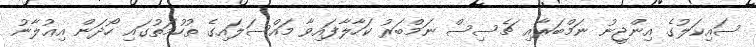
ސައިކަލުގެ އިންޖީނު ނަމްބަރާއި ޗެސިސް ނަމްބަރު ކަހާލާފައިވާ މައްސަލައިގެ ތުހުމަތުގައި ހޯދަން އިޢުލާނު